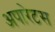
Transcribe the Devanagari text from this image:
अपारेटस